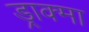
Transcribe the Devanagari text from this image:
ड्राक्मा